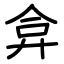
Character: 弇